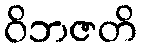
ဝိဘဇတိ